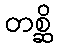
တစ္ဆိ